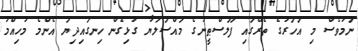
ނަމަވެސް މި އަހަރުގެ ތެރޭގައި ފަލަސްޠީނުގެ މައްސަލަޔާ ގުޅިގެން ހިނގައިދިޔަ އެންމެ މުހިއްމު